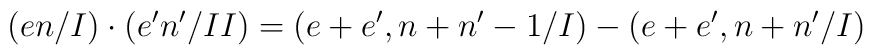
(en/I)\cdot(e'n'/II)=(e+e',n+n'-1/I)-(e+e',n+n'/I)